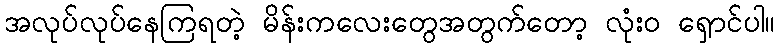
အလုပ်လုပ်နေကြရတဲ့ မိန်းကလေးတွေအတွက်တော့ လုံးဝ ရှောင်ပါ။